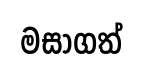
මසාගත්